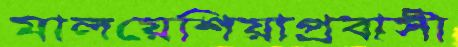
মালয়েশিয়াপ্রবাসী